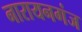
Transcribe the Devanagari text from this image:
नारायनगंज